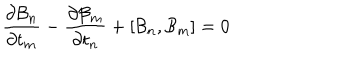
{ \frac { \partial { \cal B } _ { n } } { \partial t _ { m } } } - { \frac { \partial { \cal B } _ { m } } { \partial t _ { n } } } + [ { \cal B } _ { n } , { \cal B } _ { m } ] = 0